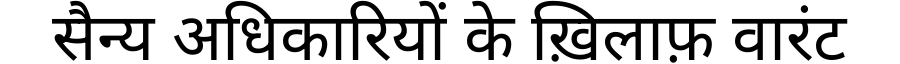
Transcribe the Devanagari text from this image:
सैन्य अधिकारियों के ख़िलाफ़ वारंट